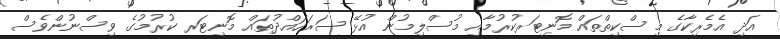
އަދި އެމެރިކާގެ މިސްކިތްތައް މޮނިޓަރކުރުމާއި މުސްލިމުން އުޅޭ ސަރަހައްދުތައް މޮނިޓަރ ކުރުމުގެ ވިސްނުންވެސް